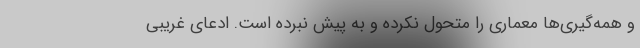
و همه‌گیری‌ها معماری را متحول نکرده و به پیش نبرده است. ادعای غریبی